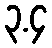
၃.၄